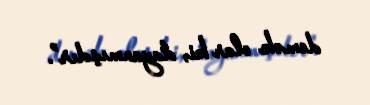
demək olar ki, dayanmışdır”.